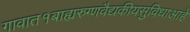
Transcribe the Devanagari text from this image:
गावात१बाह्यरुग्णवैद्यकीयसुविधाआहे